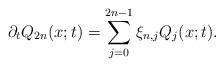
LaTeX: \begin{align*}\partial_t Q_{2n}(x;t)=\sum_{j=0}^{2n-1} \xi_{n,j}Q_j(x;t).\end{align*}